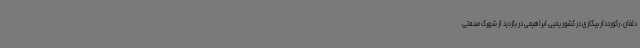
دلفان، رکورددار بیکاری در کشور یحیی ابراهیمی در بازدید از شهرک صنعتی